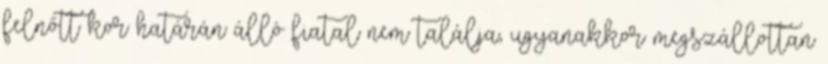
felnőtt kor határán álló fiatal nem találja, ugyanakkor megszállottan